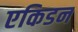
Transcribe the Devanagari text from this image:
एकिडन